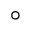
\circ